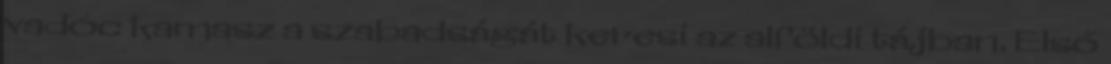
vadóc kamasz a szabadságát keresi az alföldi tájban. Első